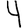
Digit: 4